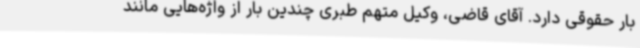
بار حقوقی دارد. آقای قاضی، وکیل متهم طبری چندین بار از واژه‌هایی مانند